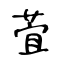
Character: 萓